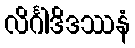
လိင်္ဂါဒိဒဿနံ